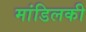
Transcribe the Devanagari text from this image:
मांडिलकी